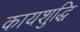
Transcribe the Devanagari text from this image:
कायशुद्धि